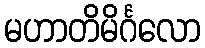
မဟာတိမိင်္ဂလော